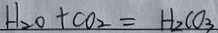
H _ { 2 } O + C O _ { 2 } = H _ { 2 } C O _ { 3 }